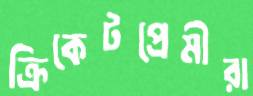
ক্রিকেটপ্রেমীরা